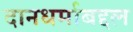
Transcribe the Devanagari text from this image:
दानधर्माबद्दल